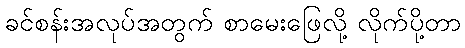
ခင်စန်းအလုပ်အတွက် စာမေးဖြေလို့ လိုက်ပို့တာ